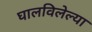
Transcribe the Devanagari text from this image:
घालविलेल्या